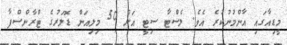
މީޑިއާގައި އާންމުނުކުރެ އެވެ. ލެސްޓާ ސިޓީ އަށް 50 މިލިއަން ޑޮލަރުގެ ޓްރާންސްފާ